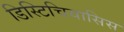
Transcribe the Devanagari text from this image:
डिस्टिचियासिस